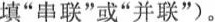
填”串联”或”并联”)。